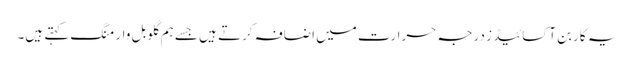
یہ کاربن آکسائیڈ ز درجہ حرارت میں اضافہ کرتے ہیں جسے ہم گلوبل وارمنگ کہتے ہیں۔